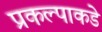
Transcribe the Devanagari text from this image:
प्रकल्पाकडे